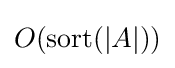
O(\operatorname {sort} (|A|))